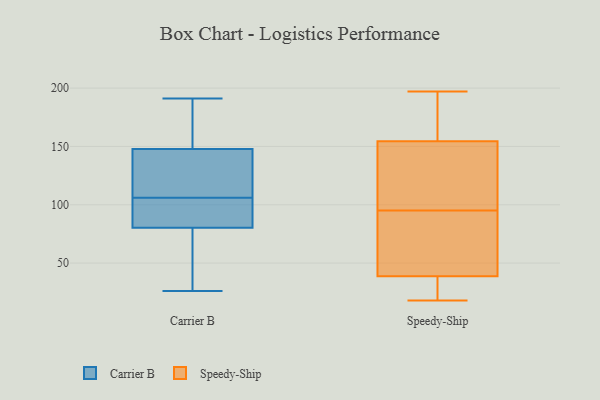
{"axis": {"x": "Customer Acquisition Cost (USD)", "y": "Value"}, "legend": ["Carrier B", "Speedy-Ship"], "data": [{"x": "", "y": 96, "type": "Carrier B"}, {"x": "", "y": 108, "type": "Carrier B"}, {"x": "", "y": 106, "type": "Carrier B"}, {"x": "", "y": 156, "type": "Carrier B"}, {"x": "", "y": 67, "type": "Carrier B"}, {"x": "", "y": 175, "type": "Carrier B"}, {"x": "", "y": 106, "type": "Carrier B"}, {"x": "", "y": 69, "type": "Carrier B"}, {"x": "", "y": 84, "type": "Carrier B"}, {"x": "", "y": 191, "type": "Carrier B"}, {"x": "", "y": 26, "type": "Carrier B"}, {"x": "", "y": 95, "type": "Carrier B"}, {"x": "", "y": 167, "type": "Carrier B"}, {"x": "", "y": 145, "type": "Carrier B"}, {"x": "", "y": 108, "type": "Carrier B"}, {"x": "", "y": 101, "type": "Carrier B"}, {"x": "", "y": 66, "type": "Carrier B"}, {"x": "", "y": 35, "type": "Speedy-Ship"}, {"x": "", "y": 62, "type": "Speedy-Ship"}, {"x": "", "y": 163, "type": "Speedy-Ship"}, {"x": "", "y": 132, "type": "Speedy-Ship"}, {"x": "", "y": 95, "type": "Speedy-Ship"}, {"x": "", "y": 25, "type": "Speedy-Ship"}, {"x": "", "y": 107, "type": "Speedy-Ship"}, {"x": "", "y": 18, "type": "Speedy-Ship"}, {"x": "", "y": 30, "type": "Speedy-Ship"}, {"x": "", "y": 93, "type": "Speedy-Ship"}, {"x": "", "y": 188, "type": "Speedy-Ship"}, {"x": "", "y": 49, "type": "Speedy-Ship"}, {"x": "", "y": 40, "type": "Speedy-Ship"}, {"x": "", "y": 153, "type": "Speedy-Ship"}, {"x": "", "y": 159, "type": "Speedy-Ship"}, {"x": "", "y": 110, "type": "Speedy-Ship"}, {"x": "", "y": 197, "type": "Speedy-Ship"}]}